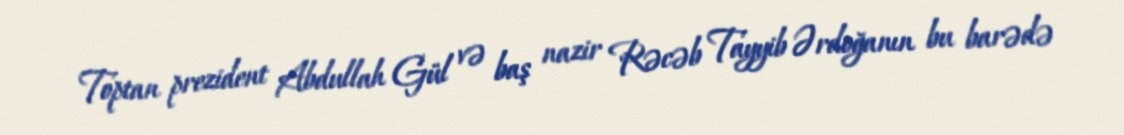
Toptan prezident Abdullah Gül və baş nazir Rəcəb Tayyib Ərdoğanın bu barədə